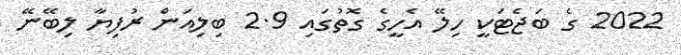
2022 ގެ ބަޖެޓަކީ ހިލޭ އެހީގެ ގޮތުގައި 2.9 ބިލިއަން ރުފިޔާ ލިބޭނޭ